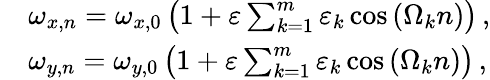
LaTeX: \begin{array}{rl}&{\omega_{x,n}=\omega_{x,0}\left(1+\varepsilon\sum_{k=1}^{m}\varepsilon_{k}\cos\left(\Omega_{k}n\right)\right)\, ,}\\ &{\omega_{y,n}=\omega_{y,0}\left(1+\varepsilon\sum_{k=1}^{m}\varepsilon_{k}\cos\left(\Omega_{k}n\right)\right)\, ,}\end{array}